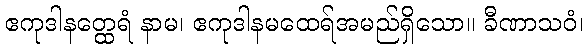
ဧကုဒါနတ္ထေရံ နာမ၊ ဧကုဒါနမထေရ်အမည်ရှိသော။ ခီဏာသဝံ၊